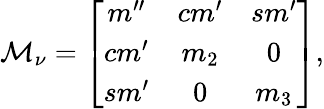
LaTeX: {\cal M}_{\nu}=\left[\begin{array}{ccc}{{m^{\prime\prime}}}&{{cm^{\prime}}}&{{sm^{\prime}}}\\ {{cm^{\prime}}}&{{m_{2}}}&{{0}}\\ {{sm^{\prime}}}&{{0}}&{{m_{3}}}\end{array}\right],